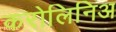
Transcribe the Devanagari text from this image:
करोलिनिअ